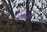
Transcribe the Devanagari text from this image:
पृषातक